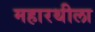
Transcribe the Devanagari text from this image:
महारथीला